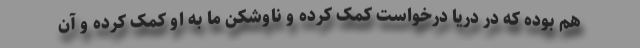
هم بوده که در دریا درخواست کمک کرده و ناوشکن ما به او کمک کرده و آن